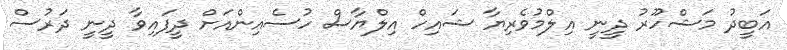
އަބީދު މަޝްހޫރު ދީނީ އިލްމުވެރިޔާ ޝައިހް އިލްޔާސް ހުސެއިންއަށް ދީފައިވާ ދީނީ ދަރުސް